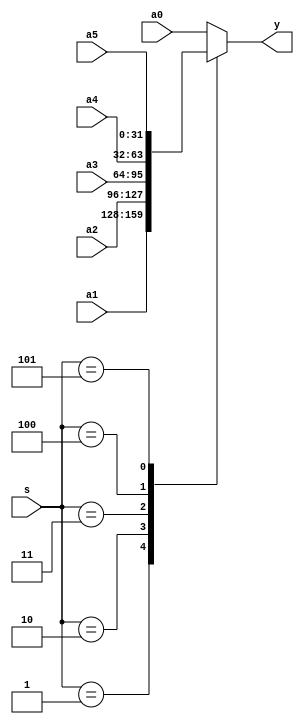
`timescale 1ns / 1ps
//////////////////////////////////////////////////////////////////////////////////
// Company: 
// Engineer: 
// 
// Design Name: 
// Module Name:    mux6x32 
// Project Name: 
// Target Devices: 
// Tool versions: 
// Description: 
//
// Dependencies: 
//
// Revision: 
// Revision 0.01 - File Created
// Additional Comments: 
//
//////////////////////////////////////////////////////////////////////////////////
module mux6x32(a0,a1,a2,a3,a4,a5,s,y
    );
	 input [31:0] a0,a1,a2,a3,a4,a5;
	 input [2:0] s;
	 output [31:0] y;
	 function [31:0] select;
	     input [31:0] a0,a1,a2,a3,a4,a5;
	     input [2:0] s;
		  case(s)
		  3'b000:select=a0;
		  3'b001:select=a1;
		  3'b010:select=a2;
		  3'b011:select=a3;
		  3'b100:select=a4;
		  3'b101:select=a5;
		  default:select=a0;
		  endcase
	endfunction
	assign y=select(a0,a1,a2,a3,a4,a5,s);
endmodule